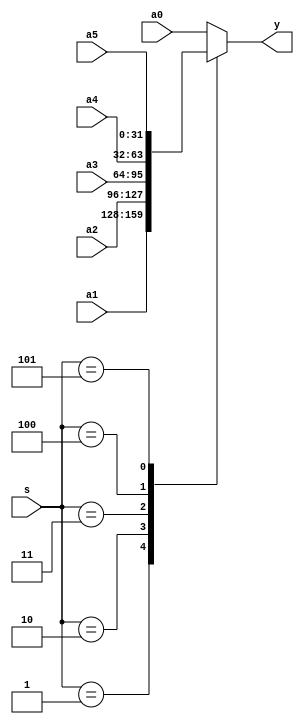
`timescale 1ns / 1ps
//////////////////////////////////////////////////////////////////////////////////
// Company: 
// Engineer: 
// 
// Design Name: 
// Module Name:    mux6x32 
// Project Name: 
// Target Devices: 
// Tool versions: 
// Description: 
//
// Dependencies: 
//
// Revision: 
// Revision 0.01 - File Created
// Additional Comments: 
//
//////////////////////////////////////////////////////////////////////////////////
module mux6x32(a0,a1,a2,a3,a4,a5,s,y
    );
	 input [31:0] a0,a1,a2,a3,a4,a5;
	 input [2:0] s;
	 output [31:0] y;
	 function [31:0] select;
	     input [31:0] a0,a1,a2,a3,a4,a5;
	     input [2:0] s;
		  case(s)
		  3'b000:select=a0;
		  3'b001:select=a1;
		  3'b010:select=a2;
		  3'b011:select=a3;
		  3'b100:select=a4;
		  3'b101:select=a5;
		  default:select=a0;
		  endcase
	endfunction
	assign y=select(a0,a1,a2,a3,a4,a5,s);
endmodule